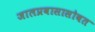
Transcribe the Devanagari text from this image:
जालप्रवासासोबत